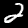
Label: 2